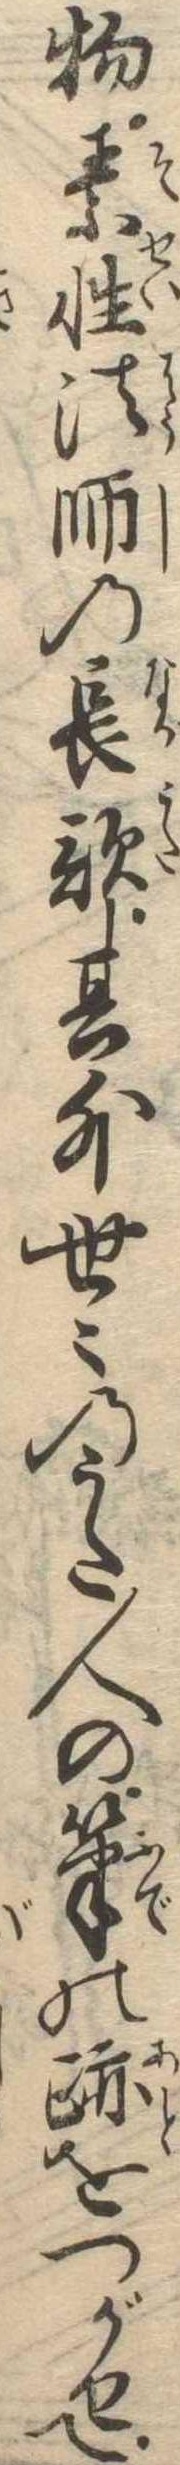
物素性法師の長歌其外世〻のうた人の筆の跡をつがせて